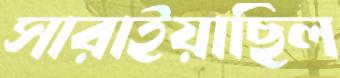
সারাইয়াছিল